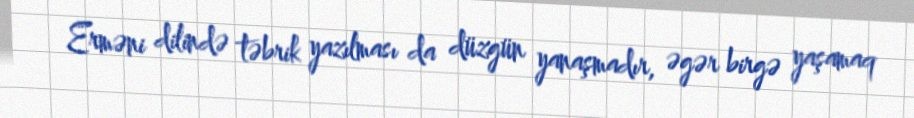
Erməni dilində təbrik yazılması da düzgün yanaşmadır, əgər birgə yaşamaq